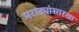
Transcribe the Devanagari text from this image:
मराठ्यांसारखा